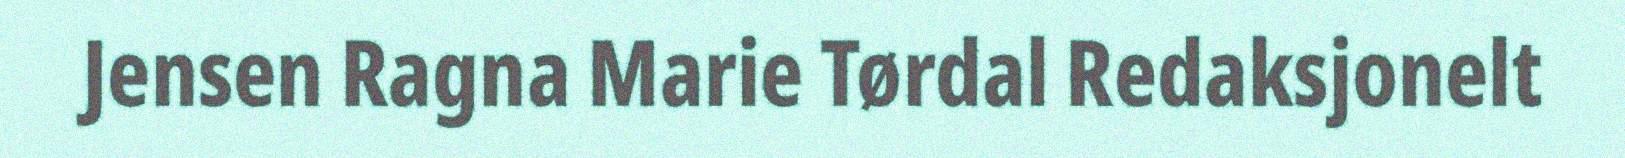
Jensen Ragna Marie Tørdal Redaksjonelt